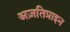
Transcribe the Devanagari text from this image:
अज़तिप्राइन